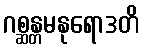
ဂစ္ဆန္တမနုရောဒတိ